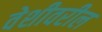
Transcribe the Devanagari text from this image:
वेशीवरील